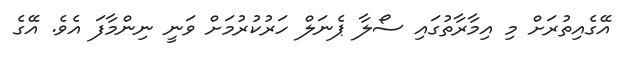
އޭގެއިތުރަށް މި އިމާރާތުގައި ސޯލާ ޕެނަލް ހަރުކުރުމަށް ވަނީ ނިންމާފަ އެވެ. އޭގެ